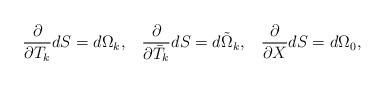
LaTeX: \begin{align*}\frac{\partial }{\partial T_{k}}dS=d\Omega_{k},\;\;\;\frac{\partial }{\partial \bar{T}_{k}}dS=d\tilde{\Omega}_{k},\;\;\;\frac{\partial }{\partial X}dS=d\Omega_{0},\end{align*}